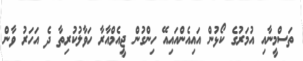
ތަސްމީނާއި އުމަރުގެ ކޯޅުން އައިއެންއައިއޭ ހިންގުން ޖީއެމްއާރާ ހަވާލުކުރިތާ ދެ އަހަރު ވާން